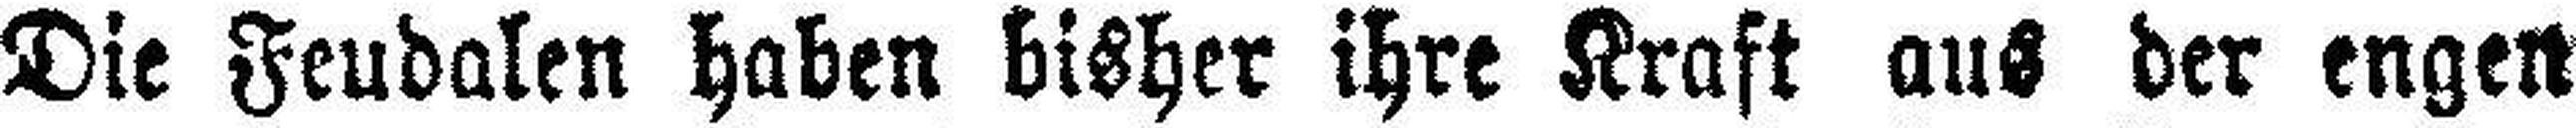
Die Feudalen haben bisher ihre Kraft aus der engen